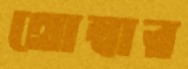
থোম্বার